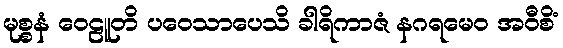
မုစ္စနံ ဝေဠူတိ ပဝေသာပေသိ ခါရိကာဇံ နဂရမေဝ အဝီစိံ